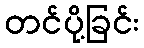
တင်ပို့ခြင်း